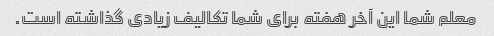
معلم شما این آخر هفته برای شما تکالیف زیادی گذاشته است.